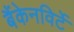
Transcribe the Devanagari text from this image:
बैंकेनविर्टे